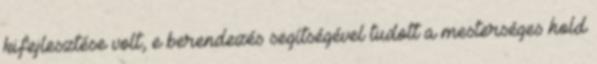
kifejlesztése volt, e berendezés segítségével tudott a mesterséges hold